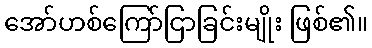
အော်ဟစ်ကြော်ငြာခြင်းမျိုး ဖြစ်၏။